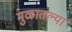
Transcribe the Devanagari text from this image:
मुळातल्या